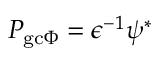
P _ { \mathrm { g c } \Phi } = \epsilon ^ { - 1 } \psi ^ { * }